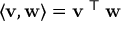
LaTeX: \langle \mathbf { v } , \mathbf { w } \rangle = \mathbf { v } ^ { \textsf { T } } \mathbf { w }